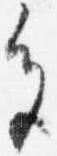
色